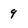
Character: 9